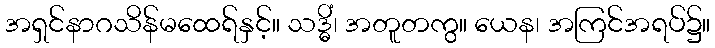
အရှင်နာဂသိန်မထေရ်နှင့်။ သဒ္ဓိံ၊ အတူတကွ။ ယေန၊ အကြင်အရပ်၌။